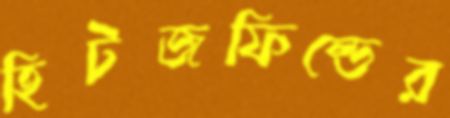
হিটজফিল্ডের